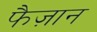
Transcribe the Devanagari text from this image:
फैज़ान